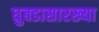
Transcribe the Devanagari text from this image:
घुबडासारख्या